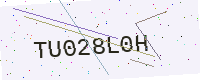
Text: TU028L0H